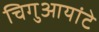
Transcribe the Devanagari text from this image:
चिगुआयांटे